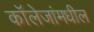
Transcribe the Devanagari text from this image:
कॉलेजांमधील